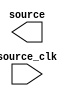

module SP_unit (
	source,
	source_clk);	

	output	[0:0]	source;
	input		source_clk;
endmodule